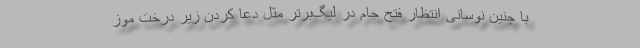
با چنین نوسانی انتظار فتح جام در لیگ‌برتر مثل دعا کردن زیر درخت موز